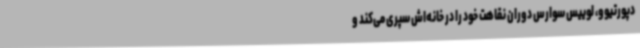
دپورتیوو، لوییس سوارس دوران نقاهت خود را در خانه‌اش سپری می‌کند و